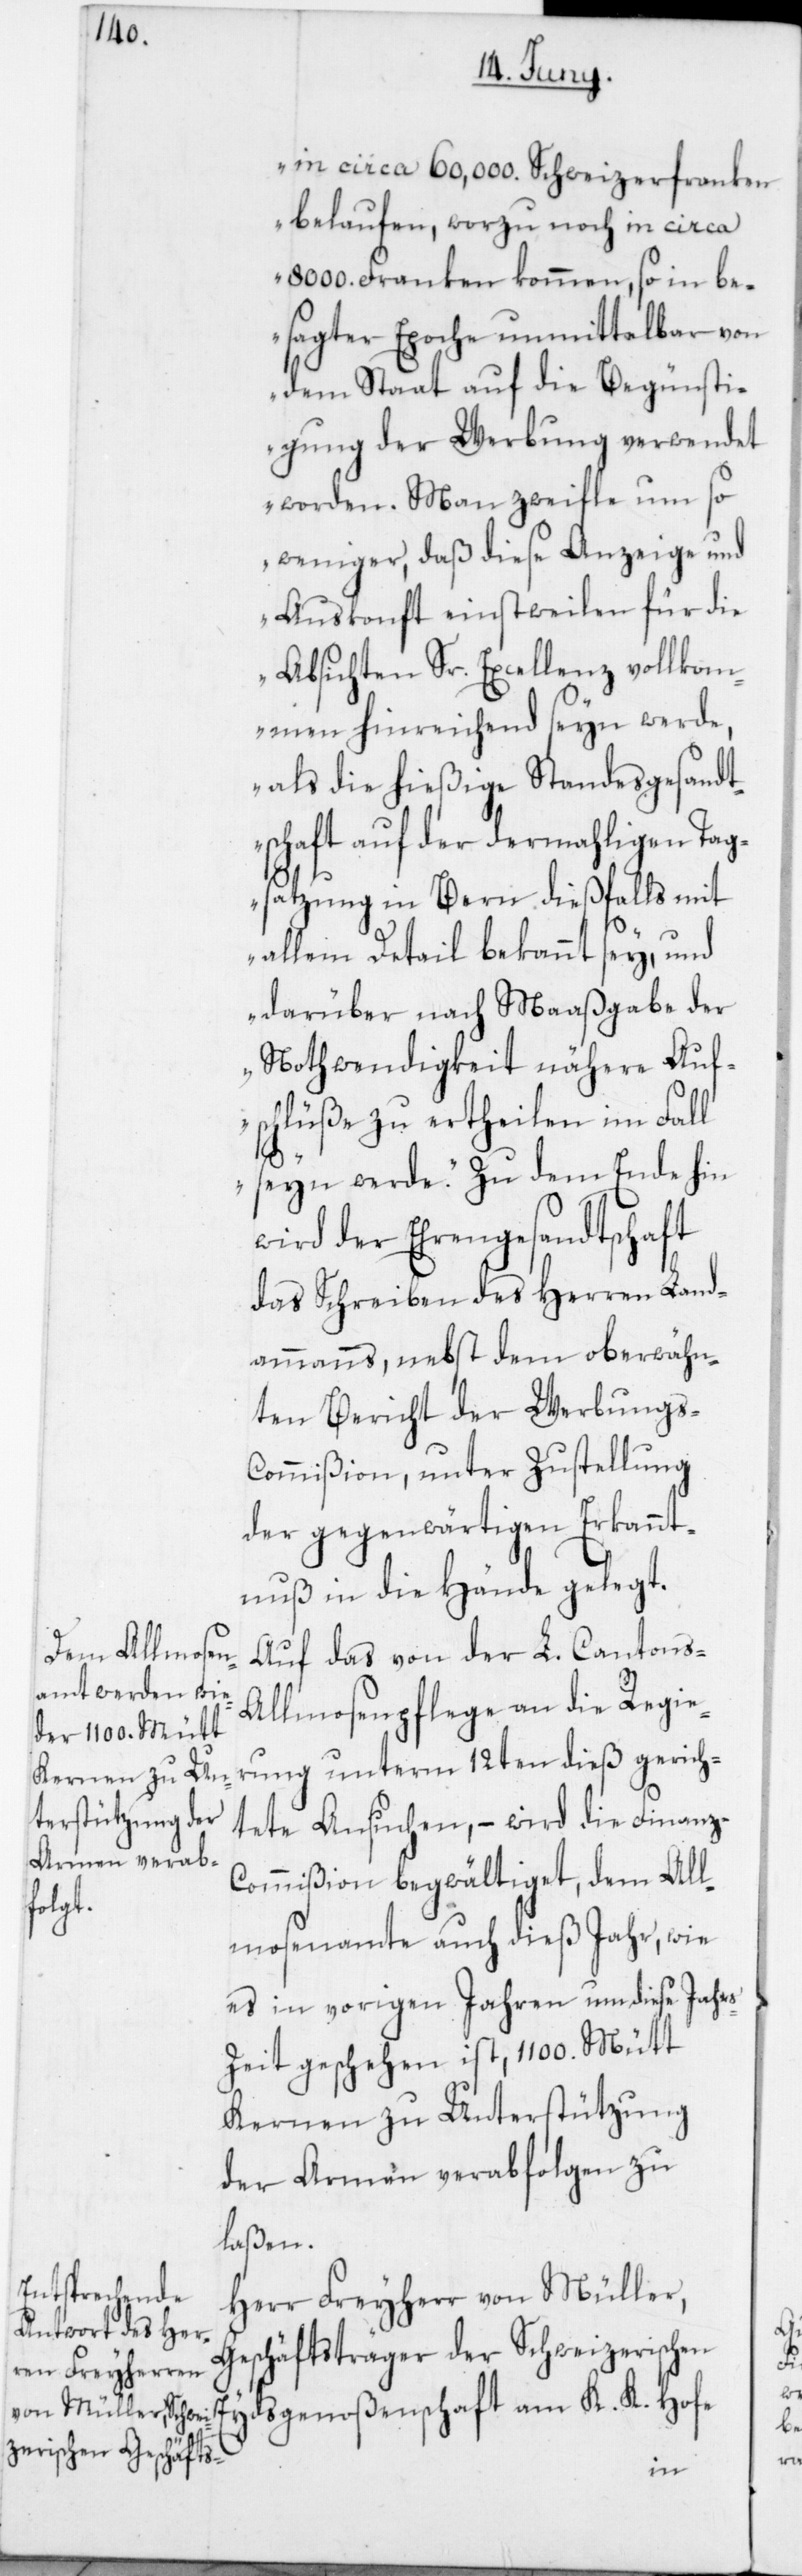
in circa 60,000. Schweizerfranken
belaufen, worzu noch in circa
8000. Franken kommen, so in be¬
sagter Epoche unmittelbar von
dem Staat auf die Begünsti¬
gung der Werbung verwendet
worden. Man zweifle um so
weniger, daß diese Anzeige und
Auskonft einstweilen für die
Absichten Sr. Excellenz vollkom¬
men hinreichend seyn werde,
als die hießige Standesgesandt¬
schaft auf der dermahligen Tag¬
satzung in Bern dießfalls mit
allem Detail bekannt sey, und
darüber nach Maaßgabe der
Nothwendigkeit nähere Auf¬
schlüße zu ertheilen im Fall
seyn werde.“ Zu dem Ende hin
wird der Ehrengesandtschaft
das Schreiben des Herren Land¬
ammanns, nebst dem oberwähn¬
ten Bericht der Werbungs-C¬
ommißion, unter Zustellung
der gegenwärtigen Erkannt¬
nuß in die Hände gelegt.
Auf das von der L. Cantons-A¬
llmosenpflege an die Regie¬
rung unterm 12ten dieß gerich¬
tete Ansuchen, – wird die Finanz-C¬
ommißion begwältiget, dem All¬
mosenamte auch dieß Jahr, wie
es in vorigen Jahren um diese Jahre¬
s-Zeit geschehen ist, 1100. Mütt
Kernen zu Unterstützung
der Armen verabfolgen zu
laßen.
Herr Freyherr von Müller,
Geschäftsträger der Schweizerischen
Eydsgenoßenschaft am K. K. Hofe